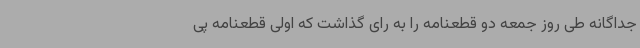
جداگانه طی روز جمعه دو قطعنامه را به رای گذاشت که اولی قطعنامه پی